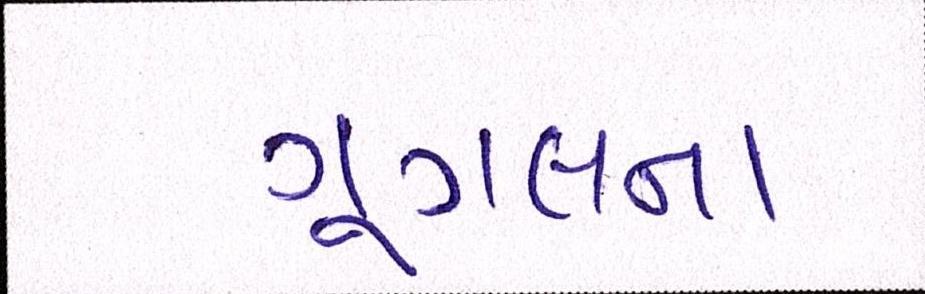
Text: ગૂગલના